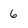
Character: 6